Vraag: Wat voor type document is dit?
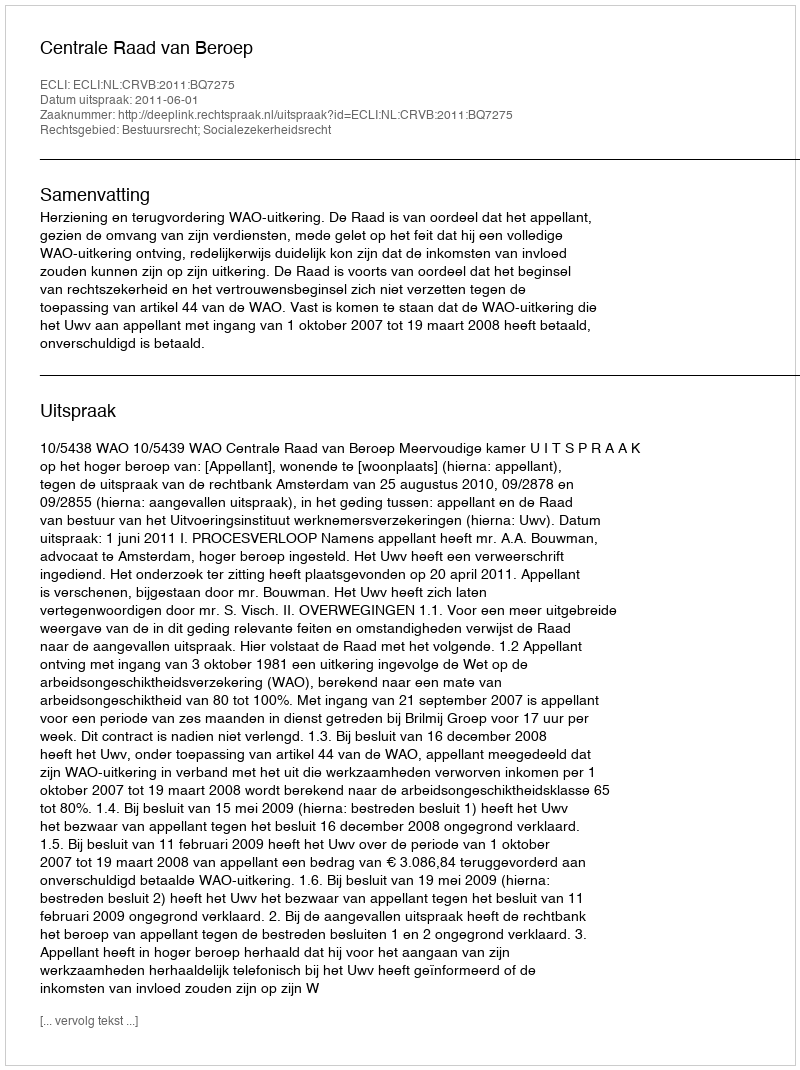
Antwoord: Uitspraak